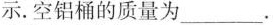
示。空铝桶的质量为___.